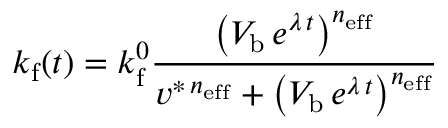
k _ { \mathrm { f } } ( t ) = k _ { \mathrm { f } } ^ { 0 } \frac { \left( V _ { \mathrm { b } } \, e ^ { \lambda \, t } \right) ^ { n _ { \mathrm { e f f } } } } { v ^ { \ast \, n _ { \mathrm { e f f } } } + \left( V _ { \mathrm { b } } \, e ^ { \lambda \, t } \right) ^ { n _ { \mathrm { e f f } } } }